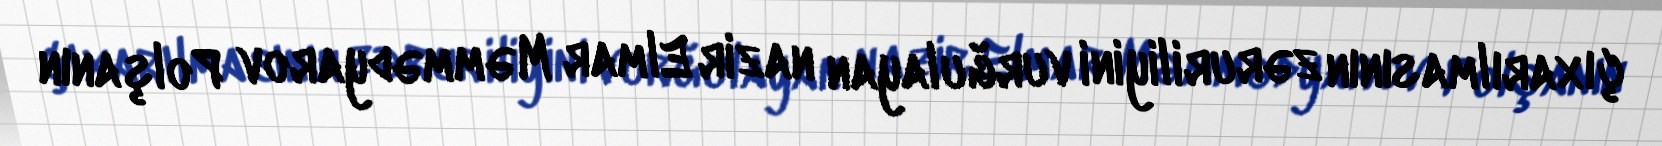
çıxarılmasının zəruriliyini vurğulayan nazir Elmar Məmmədyarov Polşanın